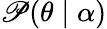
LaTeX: \mathscr{P}(\theta\mid\alpha)